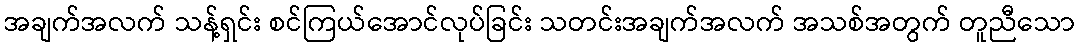
အချက်အလက် သန့်ရှင်း စင်ကြယ်အောင်လုပ်ခြင်း သတင်းအချက်အလက် အသစ်အတွက် တူညီသော